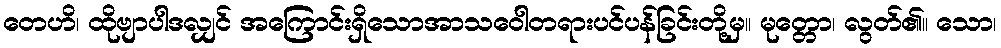
တေဟိ၊ ထိုဗျာပါဒလျှင် အကြောင်းရှိသောအာသဝေါတရားပင်ပန်ခြင်းတို့မှ။ မုတ္တော၊ လွတ်၏။ သော၊